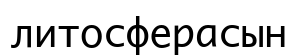
литосферасын